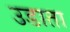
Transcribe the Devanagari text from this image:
उडाता